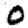
Digit: 0